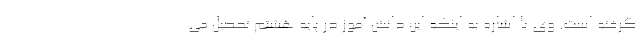
گرفته است. وی با اشاره به اینکه این دانش آموز در پایه هشتم تحصیل می